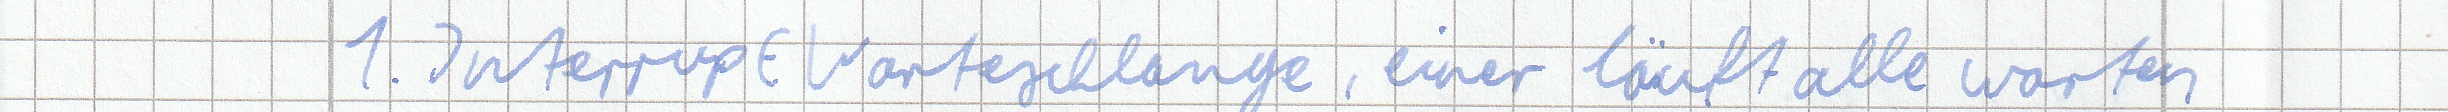
1. Interrupt Warteschlange, einer läuft alle warten